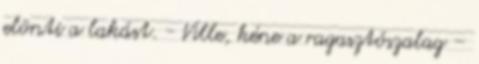
elönti a lakást. - Ville, kéne a ragasztószalag –